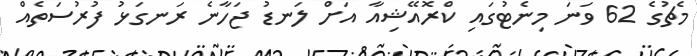
މެޗުގެ 62 ވަނަ މިނެޓުގައި ކްރޮއޭޝިއާ އަށް ލަނޑު ޖަހާނެ ރަނގަޅު ފުރުސަތެއް